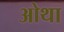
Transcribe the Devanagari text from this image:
ओथा